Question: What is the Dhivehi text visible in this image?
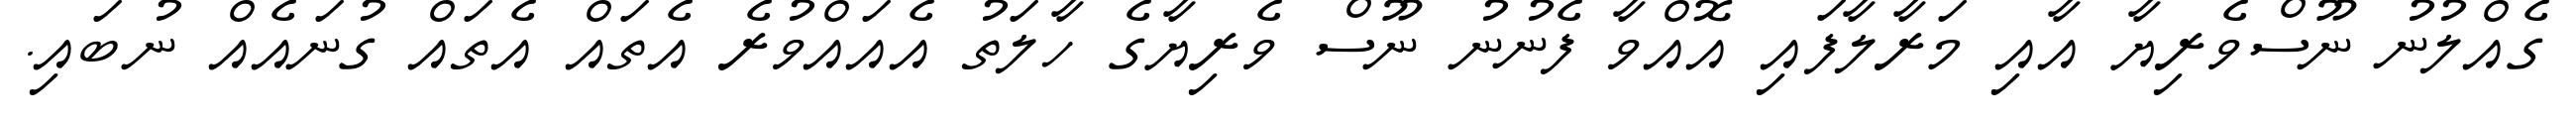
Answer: ގެއްލުނު ނޫސްވެރިޔާ އާއި މަރާލާފައި އޮއްވާ ފެނުނު ނޫސް ވެރިޔާގެ ހާލަތު އެއައްވުރެ އެތައް އެތައް ގުނައެއް ނުބައި.